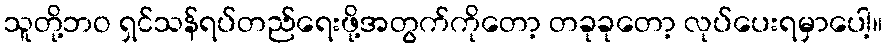
သူတို့ဘဝ ရှင်သန်ရပ်တည်ရေးဖို့အတွက်ကိုတော့ တခုခုတော့ လုပ်ပေးရမှာပေါ့။